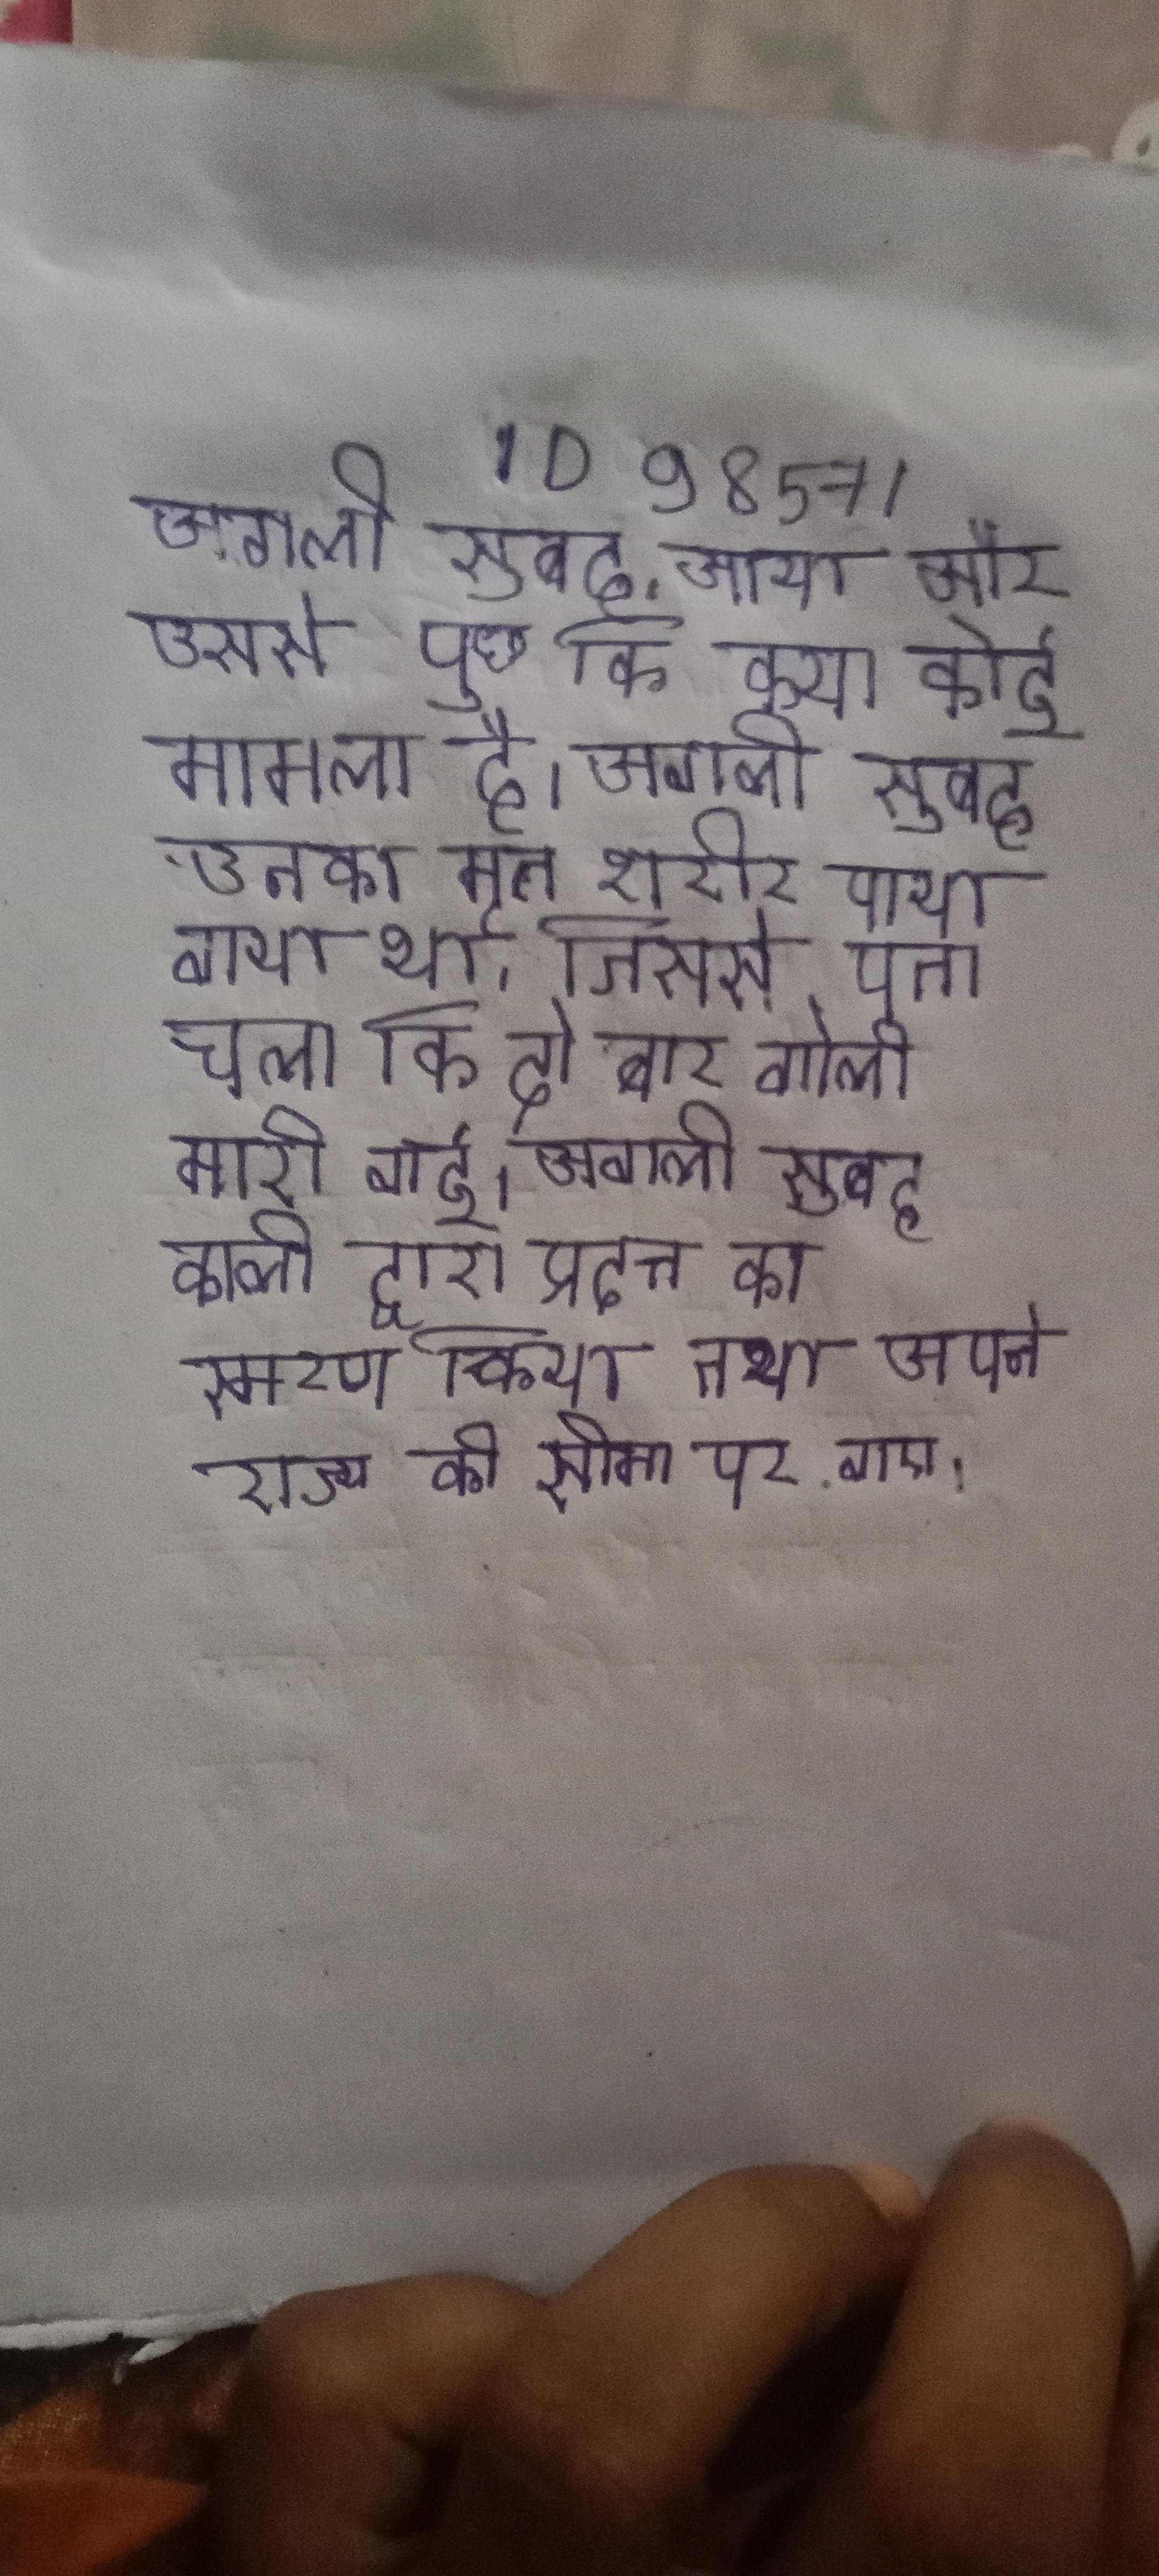
अगली सुबह, आया और उससे पूछा कि क्या कोई मामला है । अगली सुबह उनका मृत शरीर पाया गया था, जिससे पता चला कि दो बार गोली मारी गई । अगली सुबह काली द्वारा प्रदत्त का स्मरण किया तथा अपने राज्य की सीमा पर गए ।